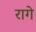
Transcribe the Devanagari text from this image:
रागे